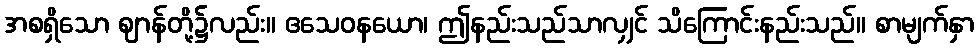
အစရှိသော ဈာန်တို့၌လည်း။ ဧသေဝနယော၊ ဤနည်းသည်သာလျှင် သိကြောင်းနည်းသည်။ စာမျက်နှာ